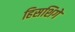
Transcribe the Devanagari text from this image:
हिसशिगे